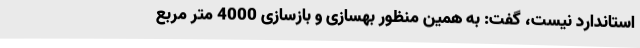
استاندارد نیست، گفت: به همین منظور بهسازی و بازسازی 4000 متر مربع